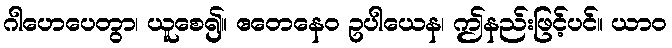
ဂါဟေပေတွာ၊ ယူစေ၍။ ဧတေနေဝ ဥပါယေန၊ ဤနည်းဖြင့်ပင်။ ယာဝ